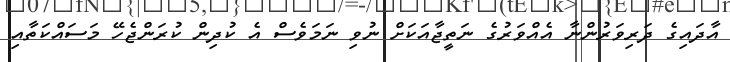
އާދައިގެ ދަރިވަރުންނާ އެއްވަރުގެ ނަތީޖާއަކަށް ނުވި ނަމަވެސް އެ ކުދިން ކުރަންޖެހޭ މަސައްކަތާއި